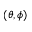
( \theta , \phi )